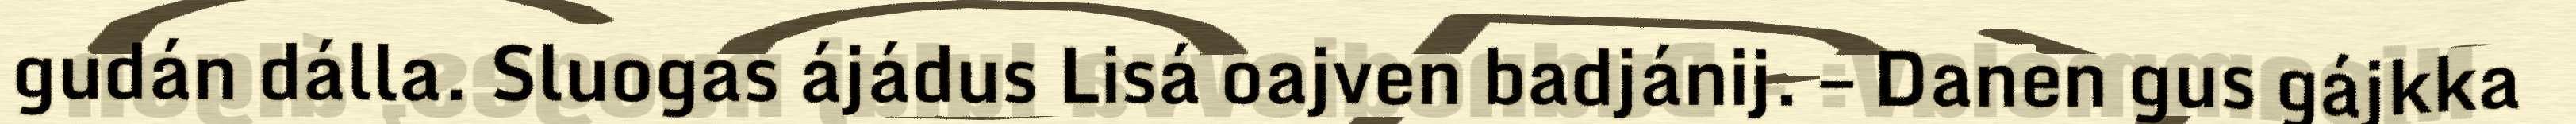
gudán dálla. Sluogas ájádus Lisá oajven badjánij. – Danen gus gájkka